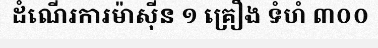
ដំណើរការម៉ាស៊ីន ១ គ្រឿង ទំហំ ៣០០